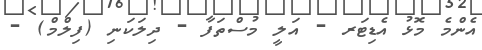
އެންމެ މޮޅު އެޑިޓަރ - އަލީ މުސްތަފާ - ދިލަކަނި (ފިލްމް) -